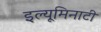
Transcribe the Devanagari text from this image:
इल्यूमिनाटी